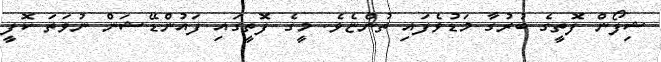
ޝިފޯން ފޮތީގެ ބުރުގާ މަޑުވެފައި ތުންޏެވެ. މީގެ ފޮތީގައި ފައުންޑޭޝަން ނުވަތަ ކޮފީ